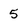
Character: 5